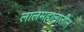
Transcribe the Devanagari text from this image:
लालमहालातील